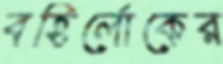
বহির্লোকের